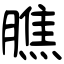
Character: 膲